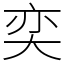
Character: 奕